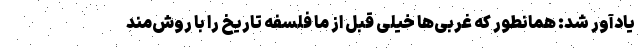
یادآور شد: همانطور که غربی‌ها خیلی قبل از ما فلسفه تاریخ را با روش‌مند